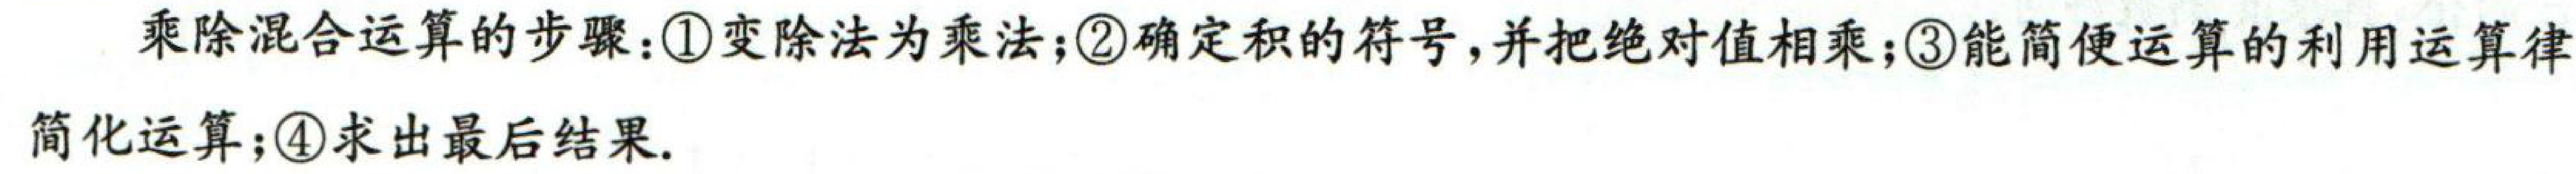
乘除混合运算的步骤：\textcircled{1}变除法为乘法；\textcircled{2}确定积的符号，并把绝对值相乘；\textcircled{3}能简便运算的利用运算律

简化运算；\textcircled{4}求出最后结果.